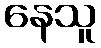
နေသူ